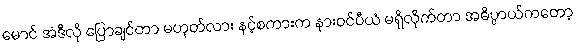
မောင် အဲဒီလို ပြောချင်တာ မဟုတ်လား နင့်စကားက နားဝင်ပီယံ မရှိလိုက်တာ အဓိပ္ပာယ်ကတော့